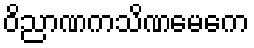
ဝိညာဏကသိဏမေကေ